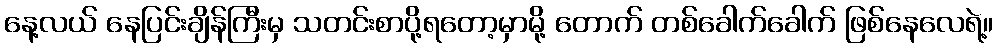
နေ့လယ် နေပြင်းချိန်ကြီးမှ သတင်းစာပို့ရတော့မှာမို့ တောက် တစ်ခေါက်ခေါက် ဖြစ်နေလေရဲ့။